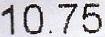
10.75